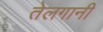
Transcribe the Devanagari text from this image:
तेलगानी